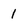
Character: 1